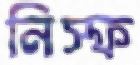
নিস্ফ